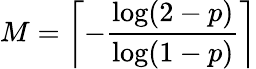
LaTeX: M=\left\lceil-{\frac{\log(2-p)}{\log(1-p)}}\right\rceil